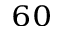
_ { 6 0 }